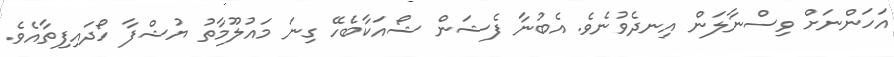
އަހަންނަށް ވިސްނާލަން އިނދެވުނެވެ. އެބުނާ ފެޝަން ޝޯއަކާބެހޭ ގިނަ މައުލޫމާތު ޔުޝްފާ ހޯދައިފިތާއެވެ.